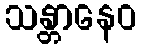
သန္တာနေဝ